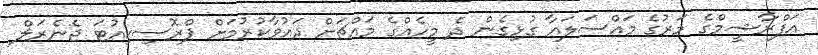
އަފްރާޝީމްގެ މަރުގެ މައްސަލައާ ގުޅިގެން ދެ މީހެއްގެ މައްޗަށް ދައުވާކުރުމަށް ޕްރޮސިކިއުޓަ ޖެނެރަލް